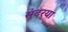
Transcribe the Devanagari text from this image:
सुंदर्‍या